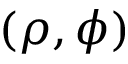
( \rho , \phi )